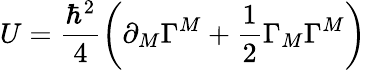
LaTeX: U=\frac{\hbar^{2}}{4}\left(\partial_{M}\Gamma^{M}+\frac{1}{2}\Gamma_{M}\Gamma^{M}\right)